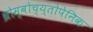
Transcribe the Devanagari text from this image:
थ्रोम्बोच्य्तोपेनिक